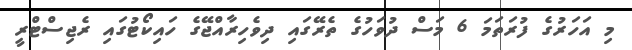
މި އަހަރުގެ ފުރަތަމަ 6 މަސް ދުވަހުގެ ތެރޭގައި ދިވެހިރާއްޖޭގެ ހައިކޯޓުގައި ރެޖިސްޓްރީ